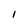
Character: I